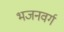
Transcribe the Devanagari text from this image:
भजनवर्ग